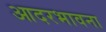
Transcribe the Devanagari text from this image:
आदरभावना